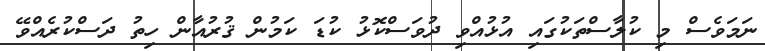
ނަމަވެސް މި ކުލާސްތަކުގައި އުޅުއްވި ދުވަސްކޮޅު ކުޑަ ކަމުން ޤުރުއާން ހިތު ދަސްކުރެއްވޭ